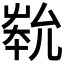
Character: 𡴞